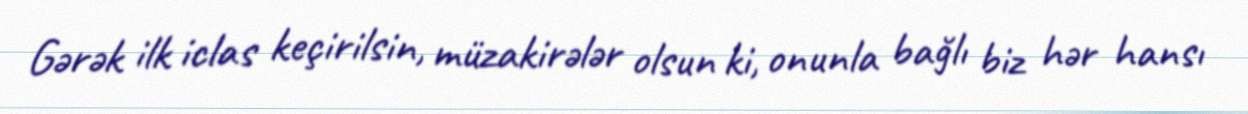
Gərək ilk iclas keçirilsin, müzakirələr olsun ki, onunla bağlı biz hər hansı